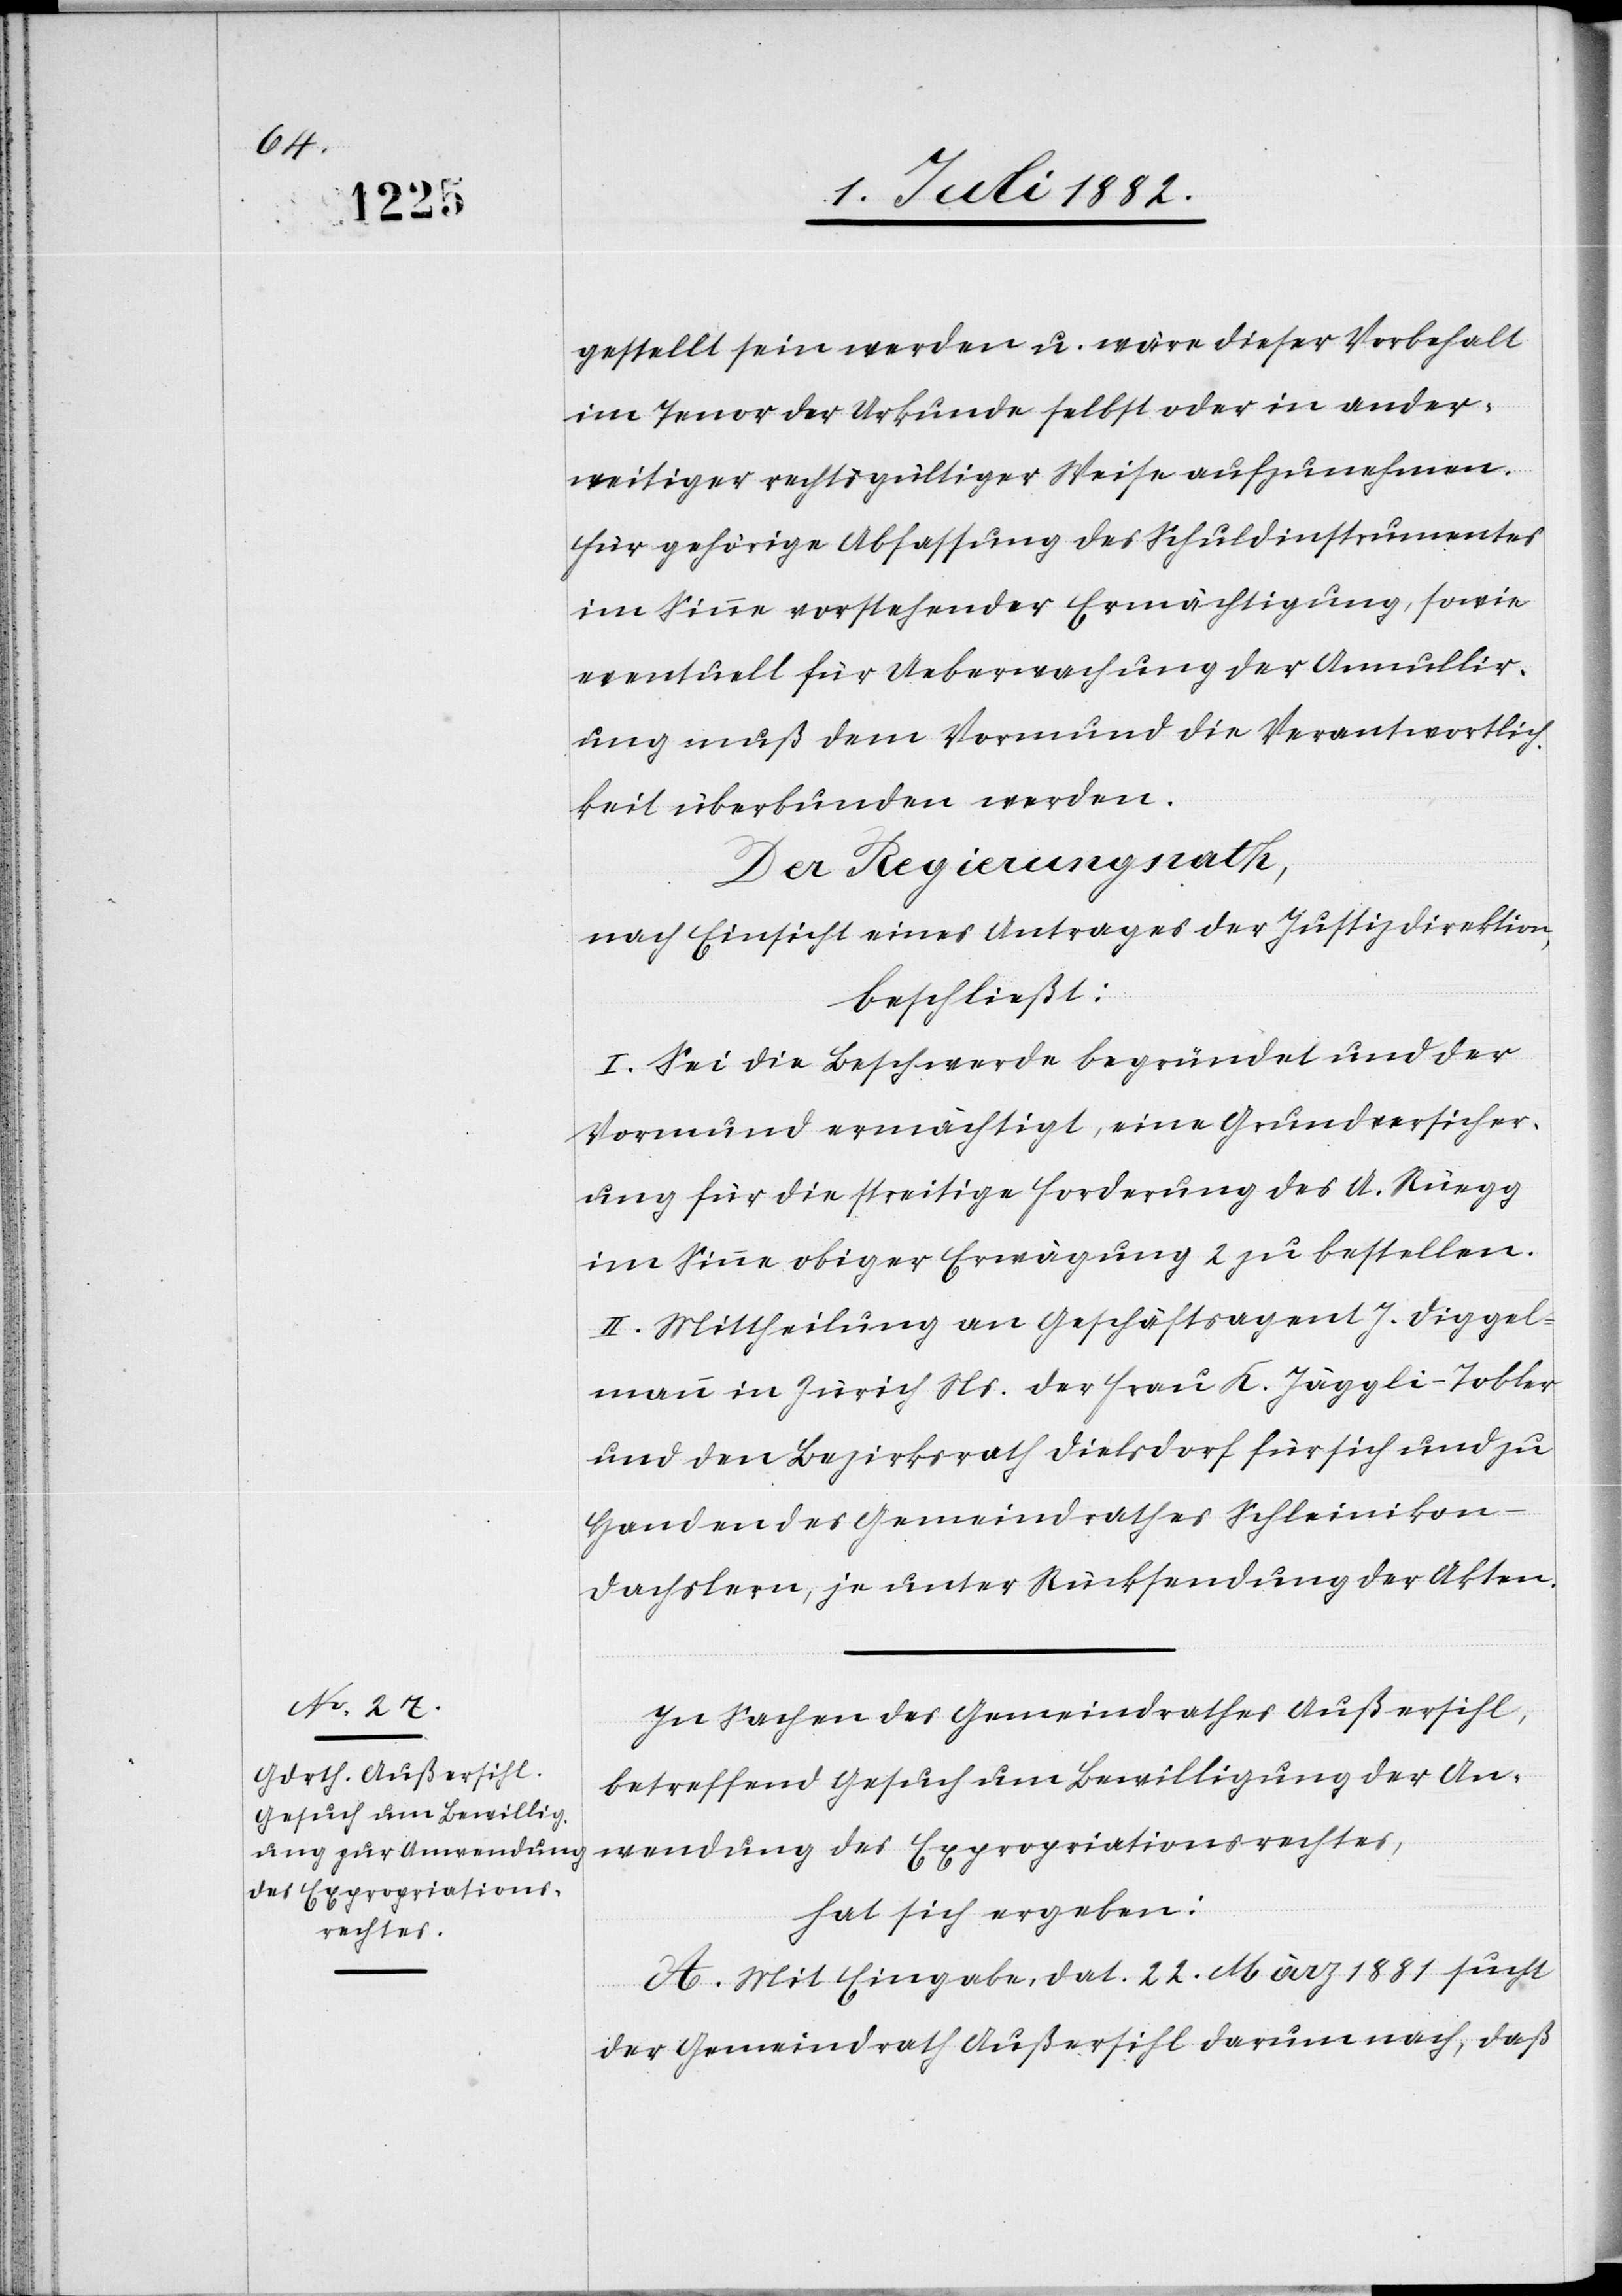
gestellt sein werden u. wäre dieser Vorbehalt
im Tenor der Urkunde selbst oder in ander¬
weitiger rechtsgültiger Weise aufzunehmen.
Für gehörige Abfassung des Schuldinstrumentes
im Sinne vorstehender Ermächtigung, sowie
eventuell für Ueberwachung der Annullir¬
ung muß dem Vormund die Verantwortlich¬
keit überbunden werden.
Der Regierungsrath,
nach Einsicht eines Antrages der Justizdirektion,
beschließt:
I. Sei die Beschwerde begründet und der
Vormund ermächtigt, eine Grundversicher¬
ung für die streitige Forderung des A. Rüegg
im Sinne obiger Erwägung 2 zu bestellen.
II. Mittheilung an Geschäftsagent J. Diggel¬
mann in Zürich Ns. der Frau K. Jäggli-Tobler
und den Bezirksrath Dielsdorf für sich und zu
Handen des Gemeindrathes Schleinikon
Dachslern, je unter Rücksendung der Akten.
In Sachen des Gemeindrathes Außersihl,
betreffend Gesuch um Bewilligung der An¬
wendung des Expropriationsrechtes,
hat sich ergeben:
A. Mit Eingabe, dat. 22. März 1881, sucht
der Gemeindrath Außersihl darum nach, daß